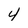
Character: 4